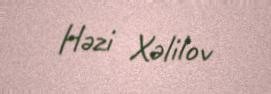
Həzi Xəlilov